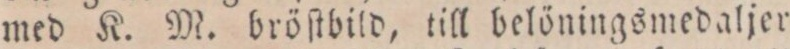
med K. M. bröſtbild, till belöningsmedaljer